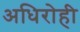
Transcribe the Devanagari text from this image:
अधिरोही